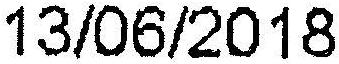
13/06/2018